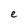
Character: e